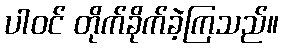
ပါဝင် တိုက်ခိုက်ခဲ့ကြသည်။